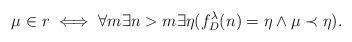
LaTeX: \begin{align*}\mu \in r \iff \forall m \exists n > m \exists \eta (f_D^\lambda(n)=\eta \wedge \mu \prec \eta ).\end{align*}